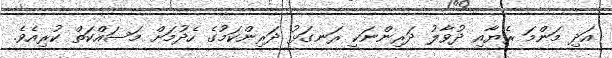
އަދި މަންމަ ރެޔާއި ދުވާލު ދަރިންނަކީ ރަނގަޅު ދަރިންކަމުގެ ހެދުމަށް މަސައްކަތް ކުރިއެވެ.